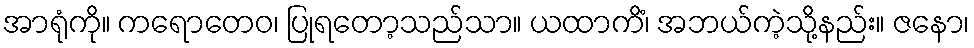
အာရုံကို။ ကရောတေဝ၊ ပြုရတော့သည်သာ။ ယထာကိံ၊ အဘယ်ကဲ့သို့နည်း။ ဇနော၊